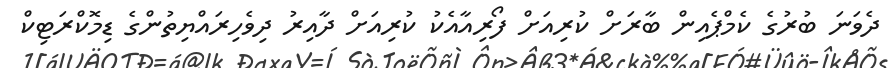
ދެވަނަ ބުރުގެ ކެމްޕެއިން ބާރަށް ކުރިއަށް ފޯރިއާއެކު ކުރިއަށް ދާއިރު ދިވެހިރައްޔިތުންގެ ޑިމޮކްރަޓިކް